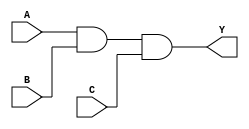
module ThreeInputAND(
    input A, 
    input B, 
    input C, 
    output Y
);

assign Y = (A & B & C);

endmodule